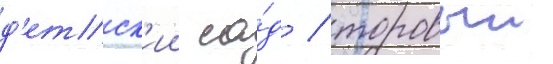
д'етск'ии са́д / торовыи